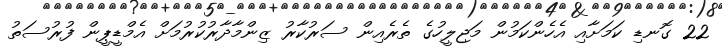
22 ގޮނޑި ކަމަށާއި އެހެންކަމުން މަޖިލީހުގެ ތެރެއިން ސަރުކާރު ޒިންމާދާރުކުރުމަށް އެމްޑީޕީން ފުރުސަތު